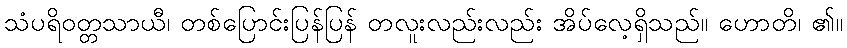
သံပရိဝတ္တသာယီ၊ တစ်ပြောင်းပြန်ပြန် တလူးလည်းလည်း အိပ်လေ့ရှိသည်။ ဟောတိ၊ ၏။